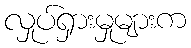
လှုပ်ရှားမှုများက